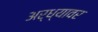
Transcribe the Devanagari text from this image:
अर्ध्यावर